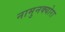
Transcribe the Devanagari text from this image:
नामुनक्योरा